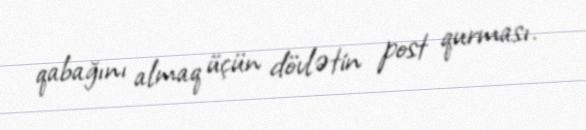
qabağını almaq üçün dövlətin post qurması.